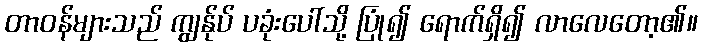
တာဝန်များသည် ကျွန်ုပ် ပခုံးပေါ်သို့ ပြုံ၍ ရောက်ရှိ၍ လာလေတော့၏။